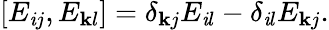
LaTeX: \left[E_{\mathit{i}j},E_{\mathbf{k}l}\right]=\delta_{\mathbf{k}j}E_{\mathit{i}l}-\delta_{\mathit{i}l}E_{\mathbf{k}j}.